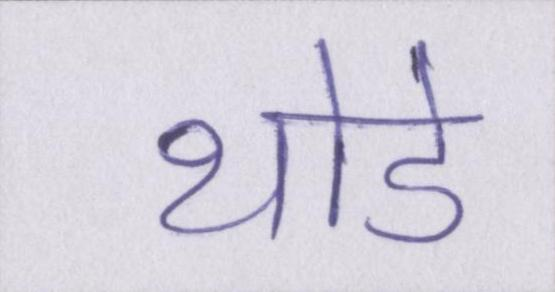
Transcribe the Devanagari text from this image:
थोडे